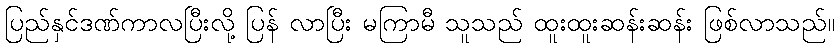
ပြည်နှင်ဒဏ်ကာလပြီးလို့ ပြန် လာပြီး မကြာမီ သူသည် ထူးထူးဆန်းဆန်း ဖြစ်လာသည်။